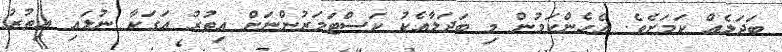
ބަދަލެއް ކަމަށެވެ. އެހެންކަމުން މި ބަދަލާއެކު ކަސްޓަމަރުންނަށް އިތުރު އަގަކާ ނުލައި އިތުރު